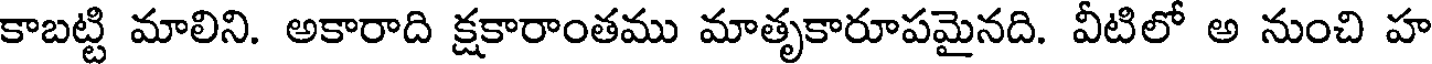
కాబట్టి మాలిని. అకారాది క్షకారాంతము మాతృకారూపమైనది. వీటిలో అ నుంచి హ